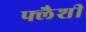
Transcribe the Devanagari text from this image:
फ्लैशी